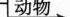
动物